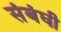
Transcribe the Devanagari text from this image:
संबंघी